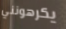
يكرهونني